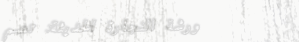
ورشة النجارة الحديثة: تصم